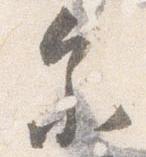
参